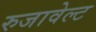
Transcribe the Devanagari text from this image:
रुजावेल्ट